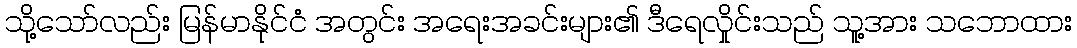
သို့သော်လည်း မြန်မာနိုင်ငံ အတွင်း အရေးအခင်းများ၏ ဒီရေလှိုင်းသည် သူ့အား သဘောထား